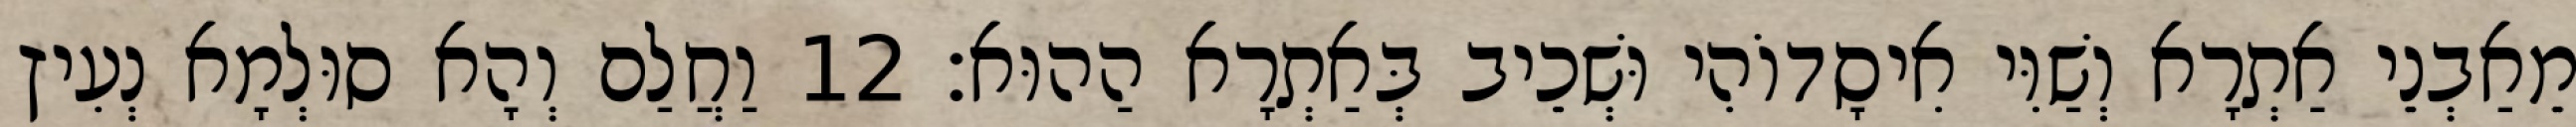
מֵאַבְנֵי אַתְרָא וְשַׁוִּי אִיסָדוֹהִי וּשְׁכֵיב בְּאַתְרָא הַהוּא׃ 12 וַחֲלַם וְהָא סוּלְמָא נְעִיץ